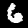
Label: 6